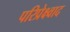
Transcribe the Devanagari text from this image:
परिप्रेक्ष्वाद